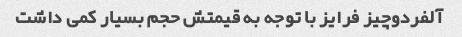
آلفردوچیز فرایز با توجه به قیمتش حجم بسیار کمی داشت